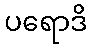
ပရောဒိ